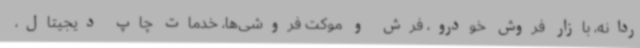
ردانه، بازار فروش خودرو، فرش و موکت فروشی‌ها، خدمات چاپ دیجیتال،